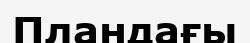
Пландағы